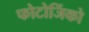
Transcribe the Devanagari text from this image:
फोटोजिंको